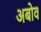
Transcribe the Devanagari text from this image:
अबोव